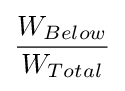
{\frac {W_{Below}}{W_{Total}}}